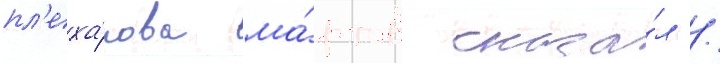
пл'еха́нова ма́ртов сказа́л /